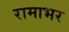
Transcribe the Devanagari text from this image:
रामाभर